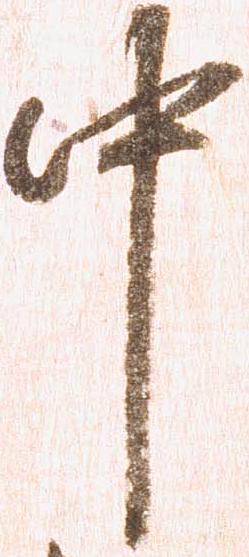
中